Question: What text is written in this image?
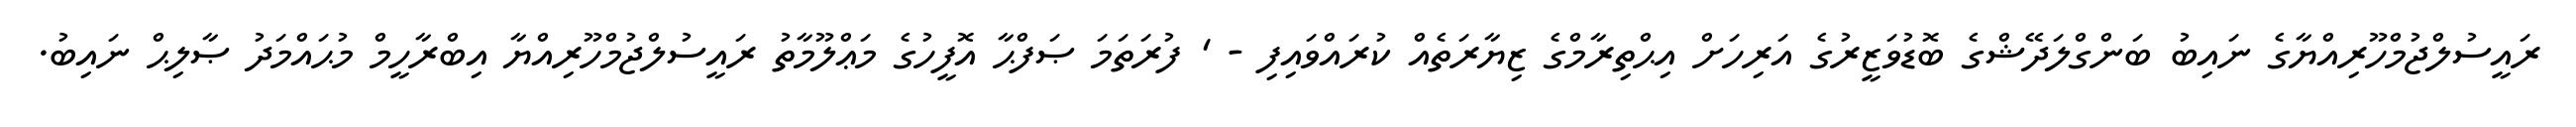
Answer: ރައީސުލްޖުމްހޫރިއްޔާގެ ނައިބު ބަންގްލަދޭޝްގެ ބޮޑުވަޒީރުގެ އަރިހަށް އިޙްތިރާމްގެ ޒިޔާރަތެއް ކުރައްވައިފި - ' ފުރަތަމަ ޞަފްޙާ އޮފީހުގެ މަޢްލޫމާތު ރައީސުލްޖުމްހޫރިއްޔާ އިބްރާހީމް މުޙައްމަދު ޞާލިޙް ނައިބު.